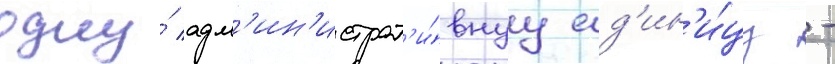
одну́ адм'ин'истрат'и́внуу ед'ин'и́цу -